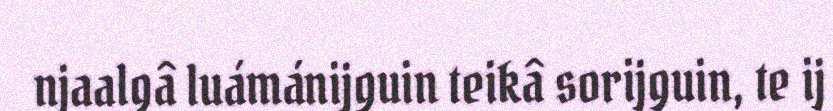
njaalgâ luámánijguin teikâ sorijguin, te ij